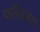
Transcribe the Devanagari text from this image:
फ्लैंडरस